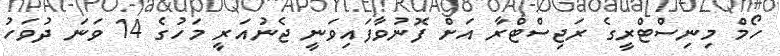
ހޯމް މިނިސްޓްރީގެ ރަޖިސްޓްރާ އަށް ފޮނުވާފައިވަނީ ޖެނުއަރީ މަހުގެ 14 ވަނަ ދުވަހު